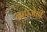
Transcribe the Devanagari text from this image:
जहाजेही